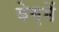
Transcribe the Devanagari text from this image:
बेग़में